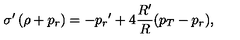
\sigma ^ { \prime } \left( \rho + { p _ { r } } \right) = - { p _ { r } } ^ { \prime } + 4 { \frac { R ^ { \prime } } { R } } ( { p _ { T } } - { p _ { r } } ) ,